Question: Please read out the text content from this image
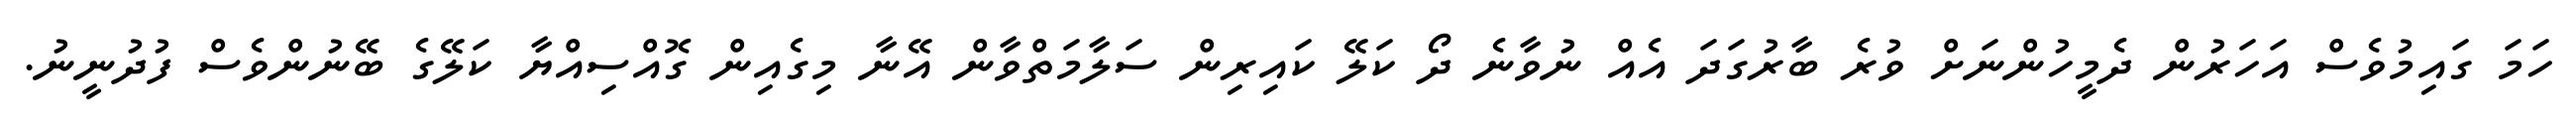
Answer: ހަމަ ގައިމުވެސް އަހަރުން ދެމީހުންނަށް ވުރެ ބާރުގަދަ އެއް ނުވާނެ ދޯ ކަލޭ ކައިރިން ސަލާމަތްވާން އޭނާ މިގެއިން ގޮއްސިއްޔާ ކަލޭގެ ބޭނުންވެސް ފުދުނީނު.